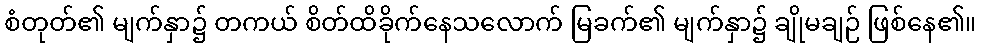
စံတုတ်၏ မျက်နှာ၌ တကယ် စိတ်ထိခိုက်နေသလောက် မြခက်၏ မျက်နှာ၌ ချိုမချဉ် ဖြစ်နေ၏။